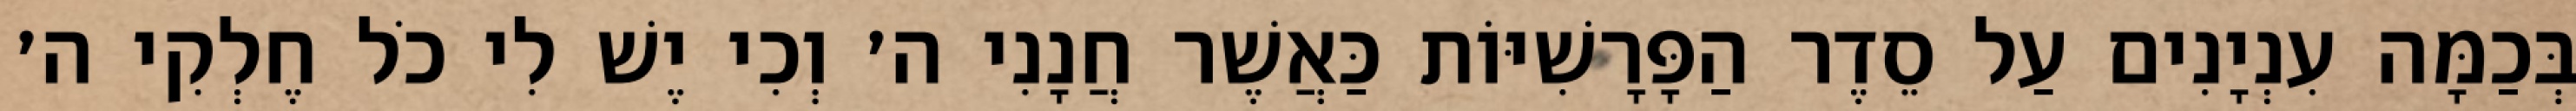
בְּכַמָּה עִנְיָנִים עַל סֵדֶר הַפָּרָשִׁיּוֹת כַּאֲשֶׁר חֲנָנִי ה׳ וְכִי יֶשׁ לִי כֹל חֶלְקִי ה׳